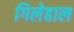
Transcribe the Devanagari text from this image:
गिलेहाल